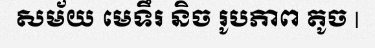
សម័យ មេទឹរ និច រូបភាព តូច |